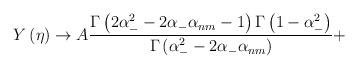
LaTeX: \begin{align*}Y\left(\eta \right)\rightarrow A\frac{\Gamma\left(2\alpha _{-}^{2}-2\alpha _{-}\alpha _{nm}-1\right) \Gamma\left(1-\alpha _{-}^{2}\right)}{\Gamma \left(\alpha _{-}^{2}-2\alpha _{-}\alpha _{nm}\right)}+\end{align*}